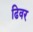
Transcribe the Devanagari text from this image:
ढिवर